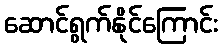
ဆောင်ရွက်နိုင်ကြောင်း